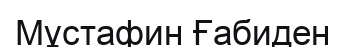
Мұстафин Ғабиден